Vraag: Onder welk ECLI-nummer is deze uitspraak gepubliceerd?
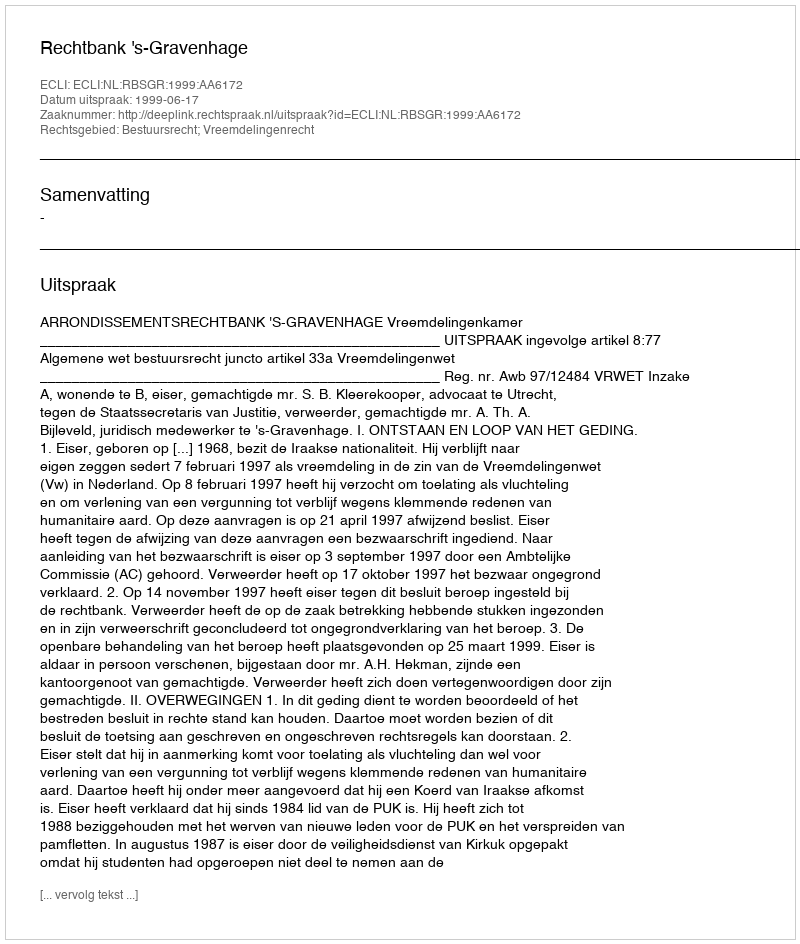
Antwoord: ECLI:NL:RBSGR:1999:AA6172